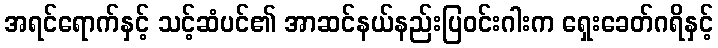
အရင်ရောက်နှင့် သင့်ဆံပင်၏ အာဆင်နယ်နည်းပြဝင်းဂါးက ရှေးခေတ်ဂရိနှင့်